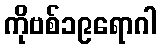
ကိုဗစ်၁၉ရောဂါ